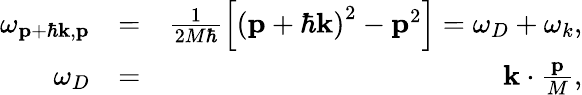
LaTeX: \begin{array}{rlr}{\omega_{\mathbf{p}+\hbar\mathbf{k},\mathbf{p}}}&{=}&{\frac{1}{2M\hbar}\left[\left(\mathbf{p}+\hbar\mathbf{k}\right)^{2}-\mathbf{p}^{2}\right]=\omega_{D}+\omega_{k},}\\ {\omega_{D}}&{=}&{\mathbf{k}\cdot\frac{\mathbf{p}}{M},}\end{array}